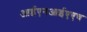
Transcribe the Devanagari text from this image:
आईएनआईएएच